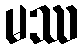
မဿ